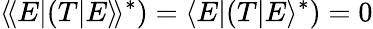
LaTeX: \langle\! \langle E|(T|E\rangle\! \rangle^{*})=\langle E|(T|E\rangle^{*})=0